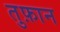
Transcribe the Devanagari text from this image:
तुफ़ान